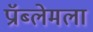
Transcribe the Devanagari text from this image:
प्रॉब्लेमला